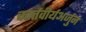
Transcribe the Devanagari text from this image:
कार्त्तवीर्यअर्जुन